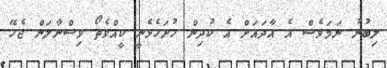
ލިބުނު ނަމަވެސް އެ އާދައަށް އެ ކުދިން ހުށަހެޅެނީ ކީއްވެތޯ ވިސްނާލަން ޖެހޭ